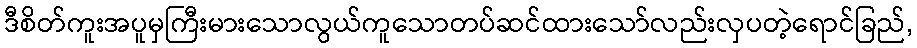
ဒီစိတ်ကူးအပူမှကြီးမားသောလွယ်ကူသောတပ်ဆင်ထားသော်လည်းလှပတဲ့ရောင်ခြည်,